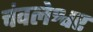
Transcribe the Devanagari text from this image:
चंवलेश्वर